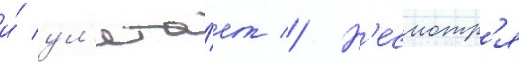
и́ ул'ета́ет // Н'есмотр'я